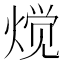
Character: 𱫩